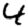
Digit: 4